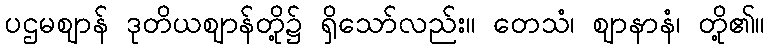
ပဌမဈာန် ဒုတိယဈာန်တို့၌ ရှိသော်လည်း။ တေသံ၊ ဈာနာနံ၊ တို့၏။